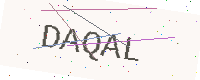
Text: DAQAL